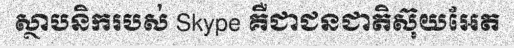
ស្ថាបនិករបស់ Skype គឺជាជនជាតិស៊ុយអែត